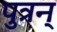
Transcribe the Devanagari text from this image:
पुत्रन्